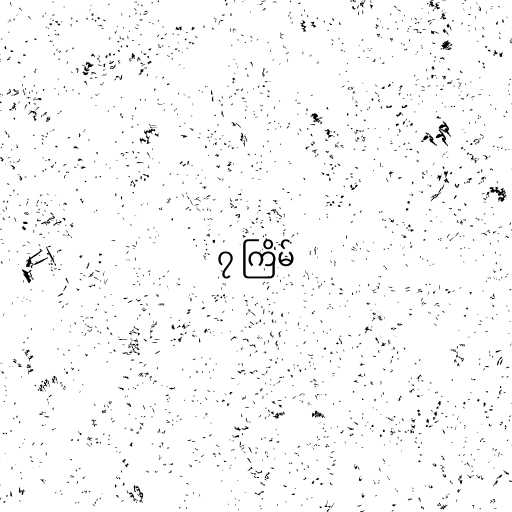
၇ ကြိမ်